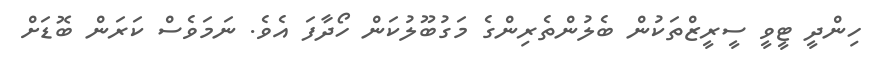
ހިންދީ ޓީވީ ސީރީޒްތަކުން ބެލުންތެރިންގެ މަގުބޫލުކަން ހޯދާފަ އެވެ. ނަމަވެސް ކަރަން ބޮޑަށް